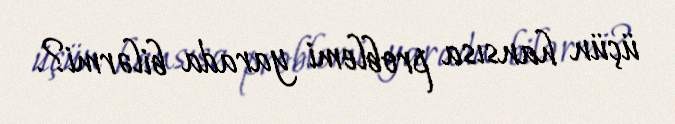
üçün hansısa problemi yarada bilərmi?.